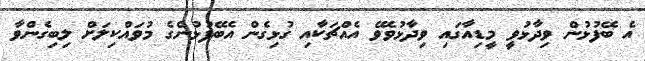
އެ ބޭފުޅުން ވިދާޅުވީ މީޑިއާގައި ވިދާޅުވެވޭ އެއްޗަކާއި ގުޅިގެން އެބޭފުޅުންގެ މުވައްކިލަށް ލިބިގެންވާ